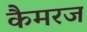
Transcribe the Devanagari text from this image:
कैमरज